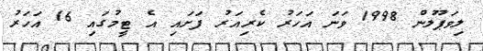
ލިވަޕޫލުން 1998 ވަނަ އަހަރު ކެރިއަރު ފަށައި އެ ޓީމުގައި 16 އަހަރު